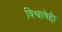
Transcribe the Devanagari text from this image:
विश्वाचेही